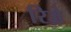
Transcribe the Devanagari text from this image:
रिज़े